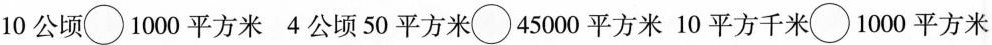
10公顷○1000平方米 4公顷50平方米○45000平方米 10平方千米○1000平方米